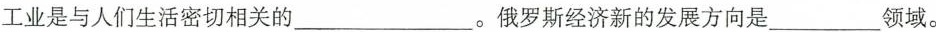
工业是与人们生活密切相关的___。俄罗斯经济新的发展方向是___领域。